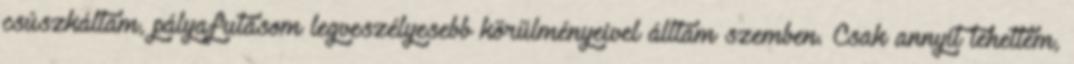
csúszkáltam, pályafutásom legveszélyesebb körülményeivel álltam szemben. Csak annyit tehettem,